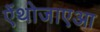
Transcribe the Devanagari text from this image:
ऐंथोजाएआ